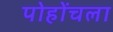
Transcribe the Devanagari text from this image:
पोहोंचला